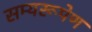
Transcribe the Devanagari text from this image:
सम्यरूपेण